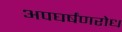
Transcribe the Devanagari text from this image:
अपघर्षंणरोध